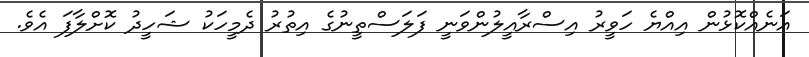
އަނެއްކޮޅުން އިއްޔެ ހަވީރު އިސްރާއީލުންވަނީ ފަލަސްތީނުގެ އިތުރު ދެމީހަކު ޝަހީދު ކޮށްލާފަ އެވެ.